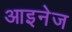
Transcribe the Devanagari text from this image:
आइनेज